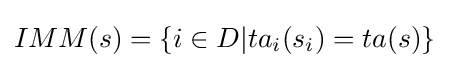
IMM(s)=\{i\in D|ta_{i}(s_{i})=ta(s)\}